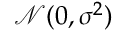
{ \mathcal { N } } ( 0 , \sigma ^ { 2 } )